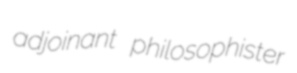
adjoinant philosophister